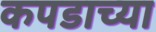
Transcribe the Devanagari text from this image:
कपडाच्या